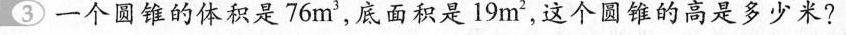
③一个圆锥的体积是76m^3，底面积是19m^2，这个圆锥的高是多少米?